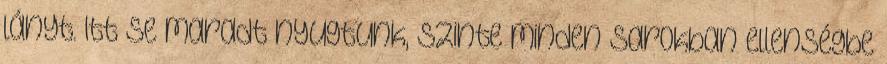
lányt. Itt se maradt nyugtunk, szinte minden sarokban ellenségbe